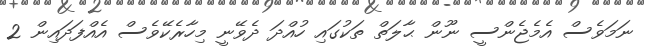
ނަމަވެސް އެމެޖެންސީ ނޫން ޙާލަތް ތަކުގައި ހުއްދަ ދެވޭނީ މިހާރެކޭވެސް އެއްފަދައިން 2